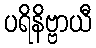
ပရိနိဗ္ဗာယီ